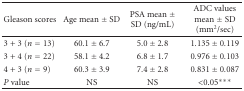
<table><thead><tr><td><b> Gleason scores</b></td><td><b>Age mean ± SD</b></td><td><b>PSA mean ± SD (ng/mL)</b></td><td><b> ADC values mean ± SD (mm<sup>2</sup>/sec)</b></td></tr></thead><tbody><tr><td>3 + 3 (<i>n</i> = 13)</td><td>60.1 ± 6.7</td><td>5.0 ± 2.8</td><td>1.135 ± 0.119</td></tr><tr><td>3 + 4 (<i>n</i> = 22)</td><td>58.1 ± 4.2</td><td>6.8 ± 1.7</td><td>0.976 ± 0.103</td></tr><tr><td>4 + 3 (<i>n</i> = 9)</td><td>60.3 ± 3.9</td><td>7.4 ± 2.8</td><td>0.831 ± 0.087</td></tr><tr><td><i>P</i> value</td><td>NS</td><td>NS</td><td> &lt;0.05<b><i>***</i></b></td></tr></tbody></table>